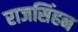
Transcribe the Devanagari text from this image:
राजसिंहन